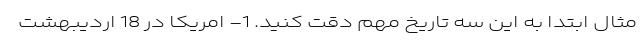
مثال ابتدا به این سه تاریخ مهم دقت کنید. 1- امریکا در 18 اردیبهشت